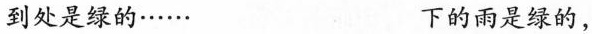
到处是绿的......下的雨是绿的，